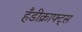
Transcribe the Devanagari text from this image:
हँडीक्राफ्ट्स